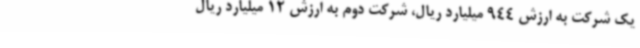
یک شرکت به ارزش 944 میلیارد ریال، شرکت دوم به ارزش 12 میلیارد ریال